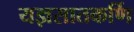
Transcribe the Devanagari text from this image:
यज्ञसातकर्णि